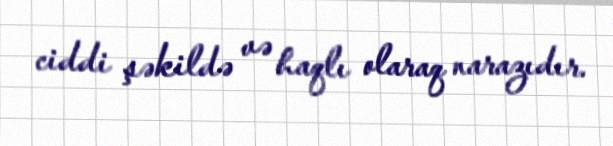
ciddi şəkildə və haqlı olaraq narazıdır.